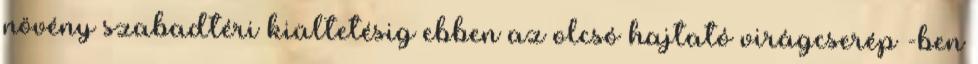
növény szabadtéri kiültetésig ebben az olcsó hajtató virágcserép -ben